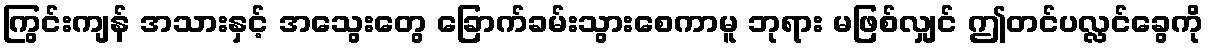
ကြွင်းကျန် အသားနှင့် အသွေးတွေ ခြောက်ခမ်းသွားစေကာမူ ဘုရား မဖြစ်လျှင် ဤတင်ပလ္လင်ခွေကို